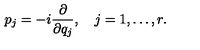
p _ { j } = - i { \frac { \partial } { \partial q _ { j } } } , \quad j = 1 , \ldots , r .